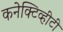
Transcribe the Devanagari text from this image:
कनेक्टिव्हीटी